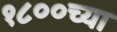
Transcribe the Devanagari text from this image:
१८००च्या